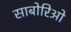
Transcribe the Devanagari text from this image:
साबोरिओ